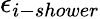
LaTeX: \epsilon_{i-shower}